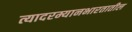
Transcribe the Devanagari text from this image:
त्यादरम्यानभारतातील